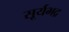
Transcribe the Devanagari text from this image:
सूर्यभद्र